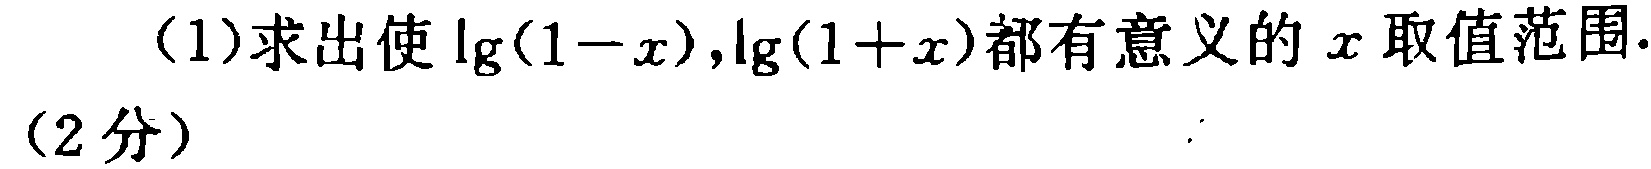
(1)求出使\(\lg(1 - x),\lg(1 + x)\)都有意义的\(x\)取值范围.

(2分)